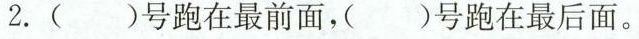
2.( )号跑在最前面，( )号跑在最后面。